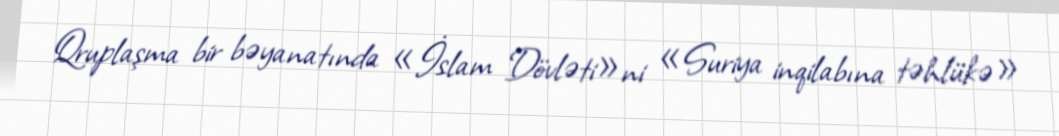
Qruplaşma bir bəyanatında «İslam Dövləti»ni «Suriya inqilabına təhlükə»